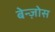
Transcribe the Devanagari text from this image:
बेन्ज़ोस